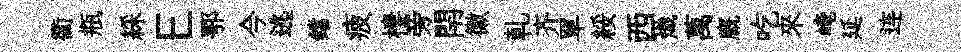
衢瓶綵E鄂今逃鐺疲棲旁閈徽乹齐單綏西熾萬廐吃來崦延连